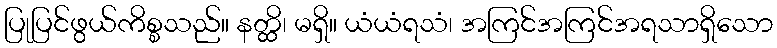
ပြုပြင်ဖွယ်ကိစ္စသည်။ နတ္ထိ၊ မရှိ။ ယံယံရသံ၊ အကြင်အကြင်အရသာရှိသော